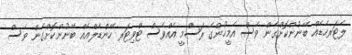
ލެޓަރހެޑެއް ބޭނުންކޮށްގެން ވެސް އެމީހުންގެ ރަސްމީ އެއްވެސް ޓްވިޓަރ ހޭންޑެލްއެއް ބޭނުންކޮށްގެން ވެސް